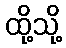
ထို့သို့